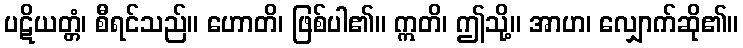
ပဋိယတ္တံ၊ စီရင်သည်။ ဟောတိ၊ ဖြစ်ပါ၏။ ဣတိ၊ ဤသို့။ အာဟ၊ လျှောက်ဆို၏။